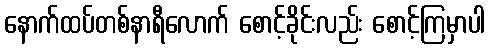
နောက်ထပ်တစ်နာရီလောက် စောင့်ခိုင်းလည်း စောင့်ကြမှာပါ